Civil Veterinary Dept. North-West Frontier Province 1933-46 - 1933-1946
Year: 1933
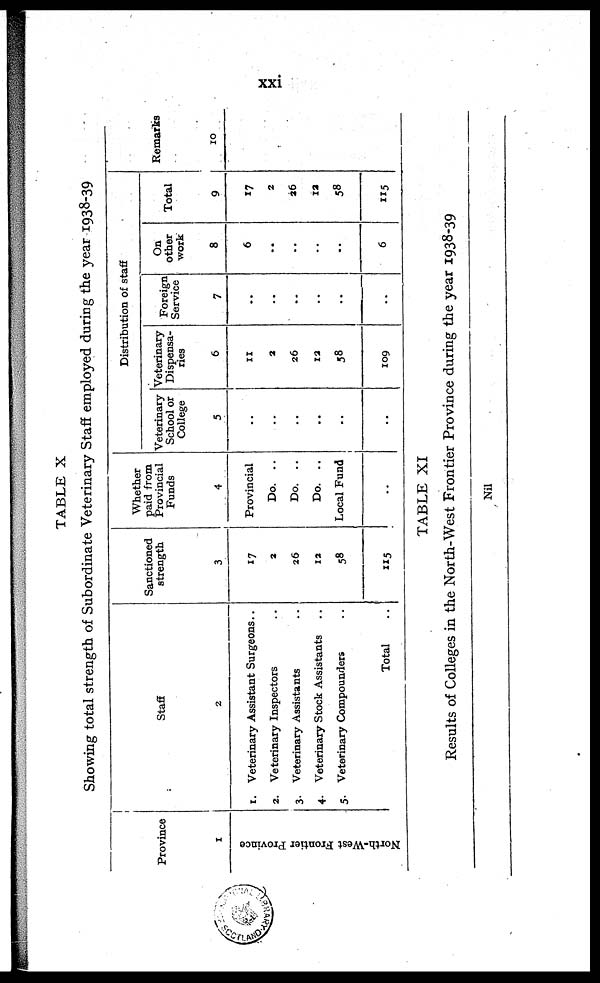
xxi
TABLE X
Showing total strength of Subordinate Veterinary Staff employed during the year 1938-39
Province
1
North-West Frontier Province
Staff
2
1.
2.
3.
4.
5.
Veterinary Assistant Surgeons ..
Veterinary Inspectors ..
Veterinary Assistants ..
Veterinary Stock Assistants ..
Veterinary Compounders ..
Total ..
Sanctioned
strength
3
17
2
26
12
58
115
Whether
paid from
Provincial
Funds
4
Provincial
Do. ..
Do. ..
Do. ..
Local Fund
..
Distribution of staff
Veterinary
School or
College
5
..
..
..
..
..
..
Veterinary
Dispensa-
ries
6
11
2
26
12
58
109
Foreign
Service
7
..
..
..
..
..
..
On
other
work
8
6
..
..
..
..
6
Total
9
17
2
26
12
58
115
Remarks
10
TABLE XI
Results of Colleges in the North-West Frontier Province during the year 1938-39
Nil